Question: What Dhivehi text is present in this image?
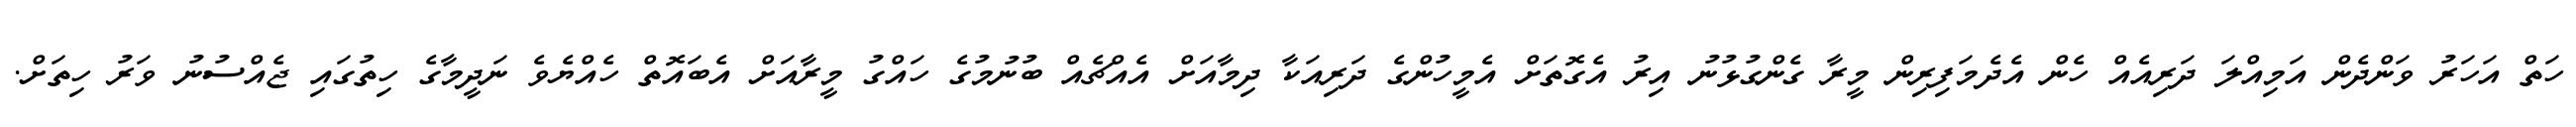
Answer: ހަތް އަހަރު ވަންދެން އަމިއްލަ ދަރިއެއް ހެން އެދެމަފިރިން މީރާ ގެންގުޅުނު އިރު އެގޮތަށް އެމީހުންގެ ދަރިއަކާ ދިމާއަށް އެއްޗެއް ބުނުމުގެ ހައްގު މީރާއަށް އެބައޮތް ހެއްޔެވެ ނަދީމާގެ ހިތުގައި ޖެއްސުނު ވަރު ހިތަށް.